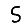
Digit: 5